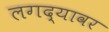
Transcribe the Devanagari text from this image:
लगद्यावर